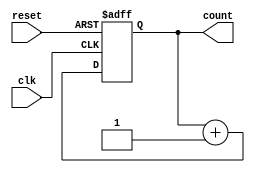
module loop_with_skip (
    input wire clk,
    input wire reset,
    output reg [3:0] count
);

reg [3:0] iteration_count;

always @(posedge clk or posedge reset) begin
    if (reset) begin
        count <= 0;
        iteration_count <= 0;
    end else begin
        iteration_count <= iteration_count + 1;
        
        // Skip statement
        if (iteration_count == 5) begin
            iteration_count <= 0;
            count <= count + 1;
        end else begin
            count <= count + 1;
        end
    end
end

endmodule